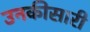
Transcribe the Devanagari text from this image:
उनकीसारी